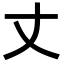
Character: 丈